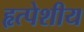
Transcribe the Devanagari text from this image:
हृत्पेशीय